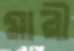
মারী